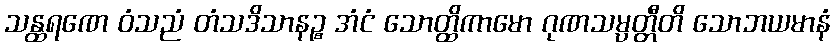
သန္ထရဏေ ဝံသညံ တံသဒိသာနဉ္စ အံငံ သောတ္ထိကာမော ဂုဏသမ္ပတ္တီတိ သောဘယမာနံ